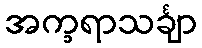
အက္ခရာသင်္ချာ